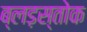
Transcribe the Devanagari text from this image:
ब्लड़स्तोक